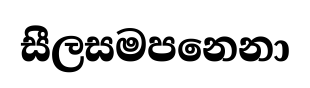
සීලසමපනෙනා